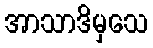
အာသာဒိမှသေ